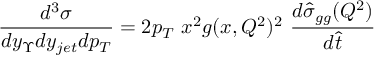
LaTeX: \frac { d ^ { 3 } \sigma } { d y _ { \Upsilon } d y _ { j e t } d p _ { T } } = 2 p _ { T } \ x ^ { 2 } g ( x , Q ^ { 2 } ) ^ { 2 } \ \frac { d \hat { \sigma } _ { g g } ( Q ^ { 2 } ) } { d \hat { t } }